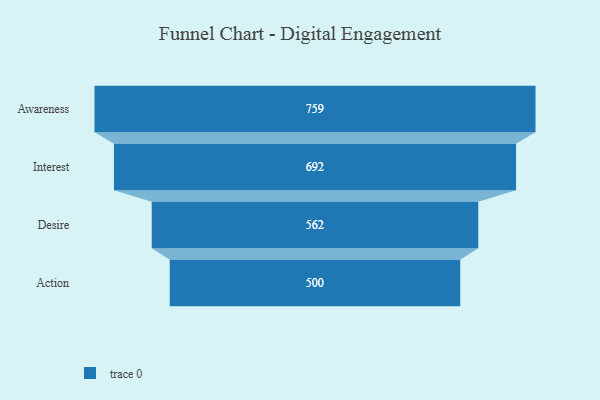
{"axis": {"x": "Stage", "y": "Value"}, "legend": [""], "data": [{"x": "Awareness", "y": 759.0, "type": ""}, {"x": "Interest", "y": 692.0, "type": ""}, {"x": "Desire", "y": 562.0, "type": ""}, {"x": "Action", "y": 500, "type": ""}]}